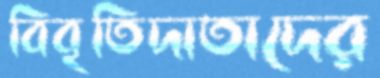
বিবৃতিদাতাদের